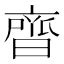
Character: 𮮼